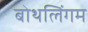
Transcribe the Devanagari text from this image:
बोथलिंगम